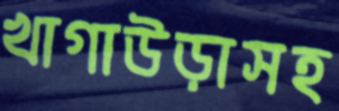
খাগাউড়াসহ